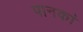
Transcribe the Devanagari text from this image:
पानकां